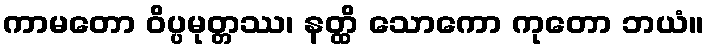
ကာမတော ဝိပ္ပမုတ္တဿ၊ နတ္ထိ သောကော ကုတော ဘယံ။